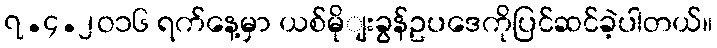
၇.၄.၂ဝ၁၆ ရက်နေ့မှာ ယစ်မိုျးခွန်ဥပဒေကိုပြင်ဆင်ခဲ့ပါတယ်။